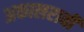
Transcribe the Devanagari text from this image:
अकालरावी